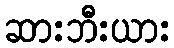
ဆားဘီးယား